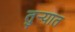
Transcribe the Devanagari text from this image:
तुर्‍यात